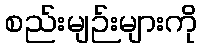
စည်းမျဉ်းများကို